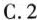
C.2